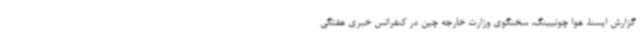
گزارش ایسنا، هوا چونیینگ، سخنگوی وزارت خارجه چین در کنفرانس خبری هفتگی